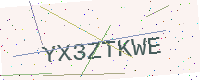
Text: YX3ZTKWE